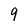
Character: 9